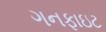
ગનફાઇટ